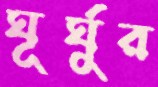
ঘূর্ঘুর